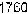
1760